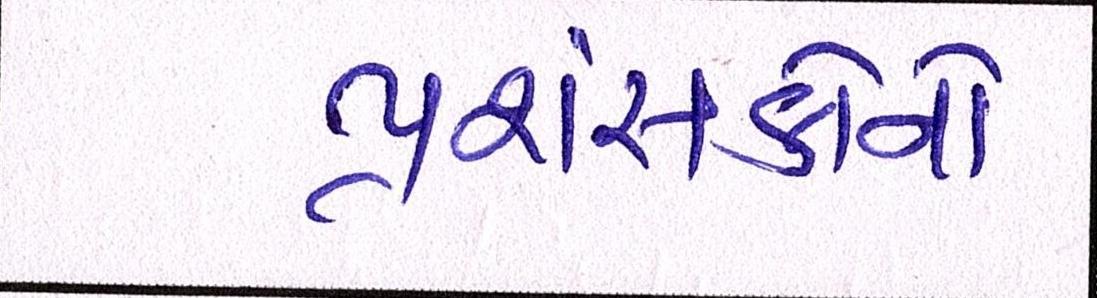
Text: પ્રશંસકોનો